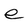
Character: e